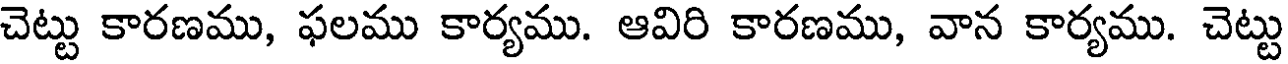
చెట్టు కారణము, ఫలము కార్యము. ఆవిరి కారణము, వాన కార్యము. చెట్టు